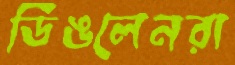
ডিঙলেনরা